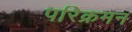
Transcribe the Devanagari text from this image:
परिक्रमन